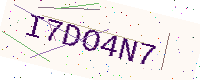
Text: I7DO4N7